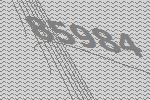
85984